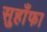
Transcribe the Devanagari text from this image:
सुहाँफा